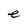
Character: e